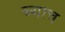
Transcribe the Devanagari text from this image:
च्याच